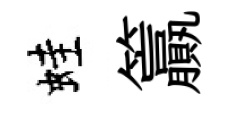
蛙籯